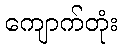
ကျောက်တုံး